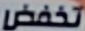
تخفض